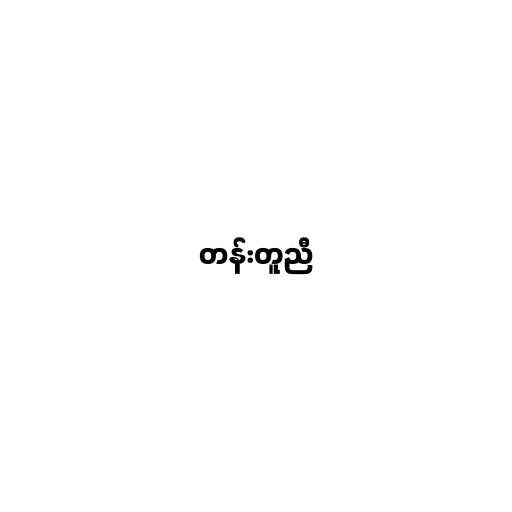
တန်းတူညီ